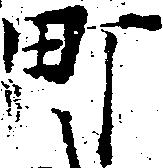
町